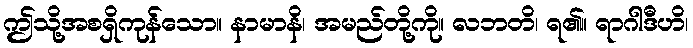
ဤသို့အစရှိကုန်သော။ နာမာနိ၊ အမည်တို့ကို။ လဘတိ၊ ရ၏။ ရာဂါဒီဟိ၊